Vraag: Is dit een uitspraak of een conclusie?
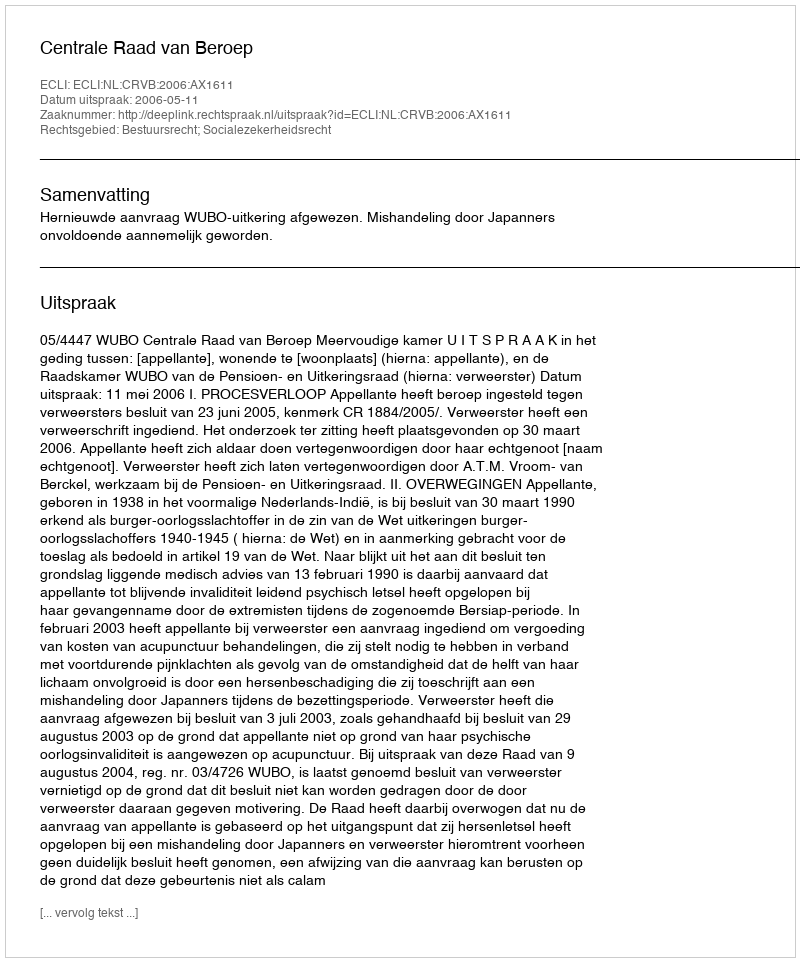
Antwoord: Uitspraak